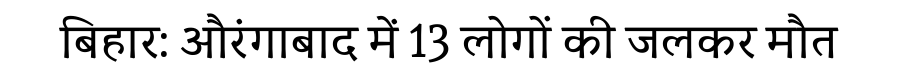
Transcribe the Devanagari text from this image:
बिहार: औरंगाबाद में 13 लोगों की जलकर मौत